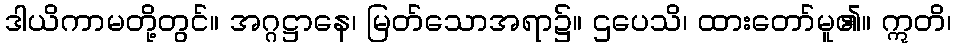
ဒါယိကာမတို့တွင်။ အဂ္ဂဋ္ဌာနေ၊ မြတ်သောအရာ၌။ ဌပေသိ၊ ထားတော်မူ၏။ ဣတိ၊